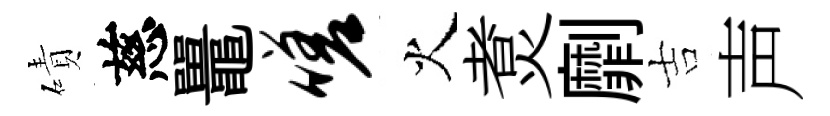
磧慈鼉嗟火煑劘吉声